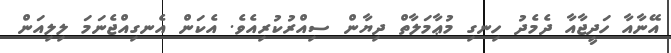
އޭނާއާ ހަދީޖާއާ ދެމެދު ހިނގި މުޢާމަލާތް ދިޔާން ސިއްރުކުރިއެވެ. އެކަން އެނގިއްޖެނަމަ ލިލިއަން